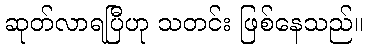
ဆုတ်လာရပြီဟု သတင်း ဖြစ်နေသည်။